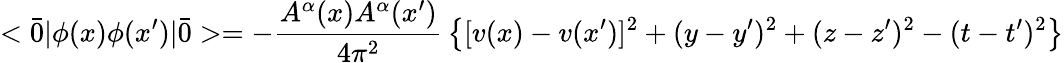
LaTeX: <\bar{0}|\phi(x)\phi(x^{\prime})|\bar{0}>=-{\frac{A^{\alpha}(x)A^{\alpha}(x^{\prime})}{4\pi^{2}}}\left\{ [v(x)-v(x^{\prime})]^{2}+(y-y^{\prime})^{2}+(z-z^{\prime})^{2}-(t-t^{\prime})^{2}\right\}